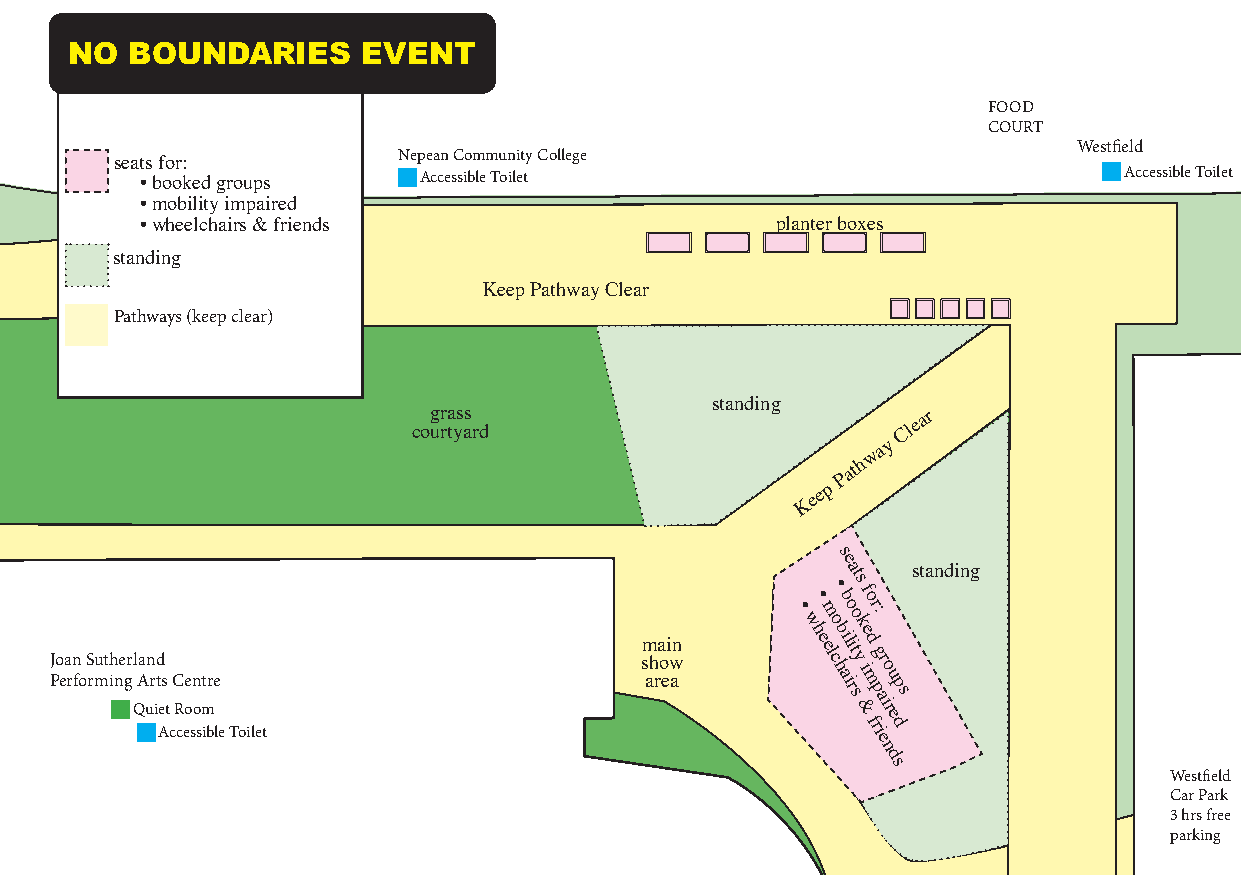
NO  BOUNDARIES      EVENT
 FOOD
 COURT
 Westfield
 Nepean Community College
 seats for:
 • booked groups    Accessible Toilet                             Accessible Toilet
 • mobility impaired
 • wheelchairs & friends                   planter boxes
 standing
 Keep Pathway Clear
 Pathways (keep clear)
 standing
 cog ur ra tyss
 ard
 Clear
 w
 ay
 Path
 K
 eep
 s
 e
 at  standing
 •
 w•
 m
 o• b
 o
 os
 k
 f or:
 Joan Sutherland                        sm ha oi wn
 h
 e el c
 hbilit
 y
 ie
 d gr
 o
 Performing
 Q
 A ur it es
 t
 C Roen omtre                    area        air
 s
 &m
 p
 airu
 p s
 Accessible Toilet
 frie
 d
 e
 n
 d
 s
 Westfield
 Car Park
 3 hrs free
 parking